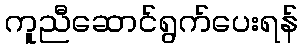
ကူညီဆောင်ရွက်ပေးရန်